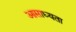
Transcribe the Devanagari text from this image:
आसाध्यता